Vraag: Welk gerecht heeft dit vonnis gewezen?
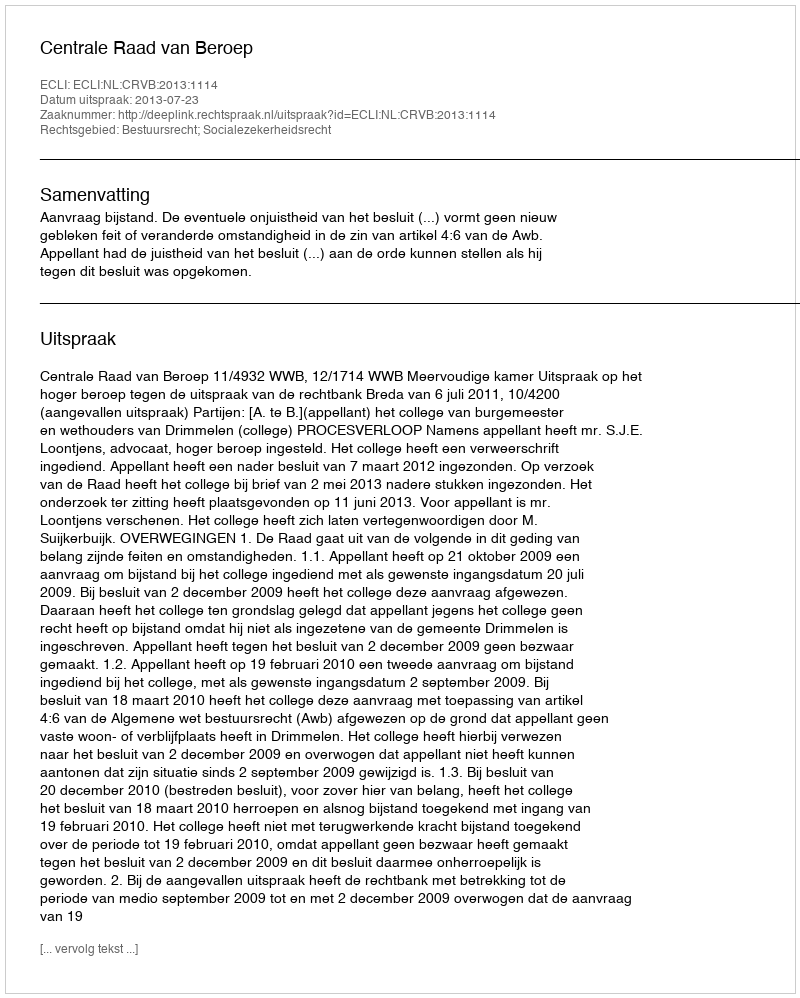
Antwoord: Centrale Raad van Beroep